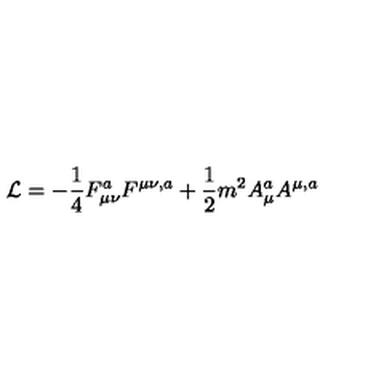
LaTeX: { \cal L } = - \frac { 1 } { 4 } F _ { \mu \nu } ^ { a } F ^ { \mu \nu , a } + \frac { 1 } { 2 } m ^ { 2 } A _ { \mu } ^ { a } A ^ { \mu , a }